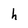
Character: h